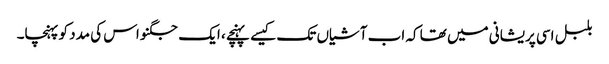
بلبل اسی پریشانی میں تھا کہ اب آشیاں تک کیسے پہنچے ، ایک جگنو اس کی مدد کو پہنچا۔